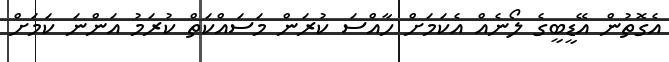
އެގޮތުން އޭޑީބީގެ ލޯނެއް އެކަމަށް ހާއްސަ ކުރަން މަސައްކަތް ކުރަމު އަންނަ ކަމަށް